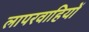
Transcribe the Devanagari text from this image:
लापरवाहियों